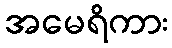
အမေရိကား